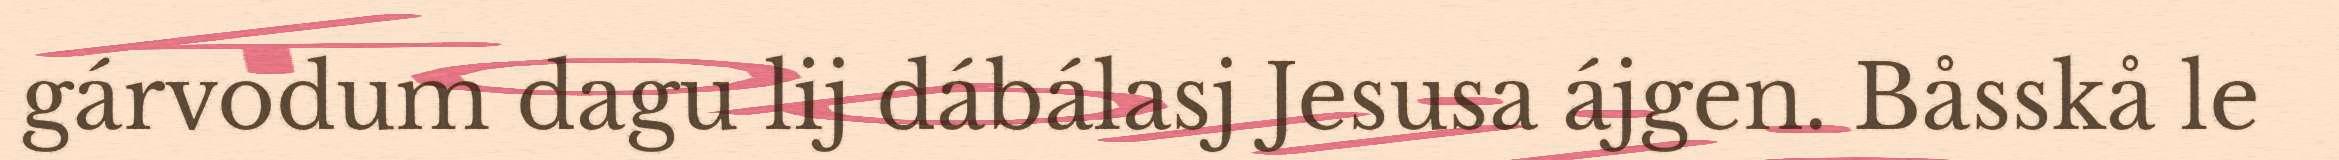
gárvodum dagu lij dábálasj Jesusa ájgen. Båsskå le